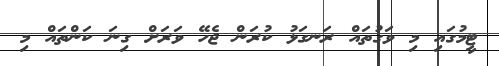
ޓީމުގައި މި ވަގުތައް ރަނގަޅު ކުރަން ޖެހޭ ވަރަށް ގިނަ ކަންތައް މި